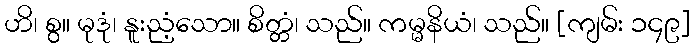
ဟိ၊ စွ။ မုဒုံ၊ နူးညံ့သော။ စိတ္တံ၊ သည်။ ကမ္မနိယံ၊ သည်။ [ကျမ်း ၁၄၉]